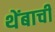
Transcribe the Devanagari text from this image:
थेंबाची